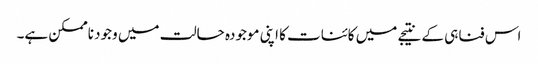
اس فناہی کے نتیجے میں کائنات کا اپنی موجودہ حالت میں وجود ناممکن ہے۔